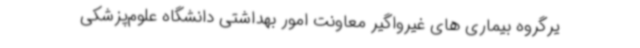
یرگروه بیماری های غیرواگیر معاونت امور بهداشتی دانشگاه علوم‌پزشکی